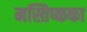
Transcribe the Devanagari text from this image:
मस्तिष्कका